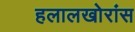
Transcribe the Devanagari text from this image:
हलालखोरांस